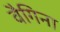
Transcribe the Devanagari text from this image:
वैगिना